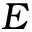
E